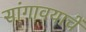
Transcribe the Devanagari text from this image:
सांगावयाचें